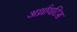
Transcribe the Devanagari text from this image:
अर्थ्रायटिस